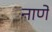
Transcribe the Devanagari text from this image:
नाणें